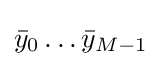
{\bar {y}}_{0}\ldots {\bar {y}}_{M-1}